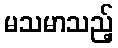
မသမာသည့်